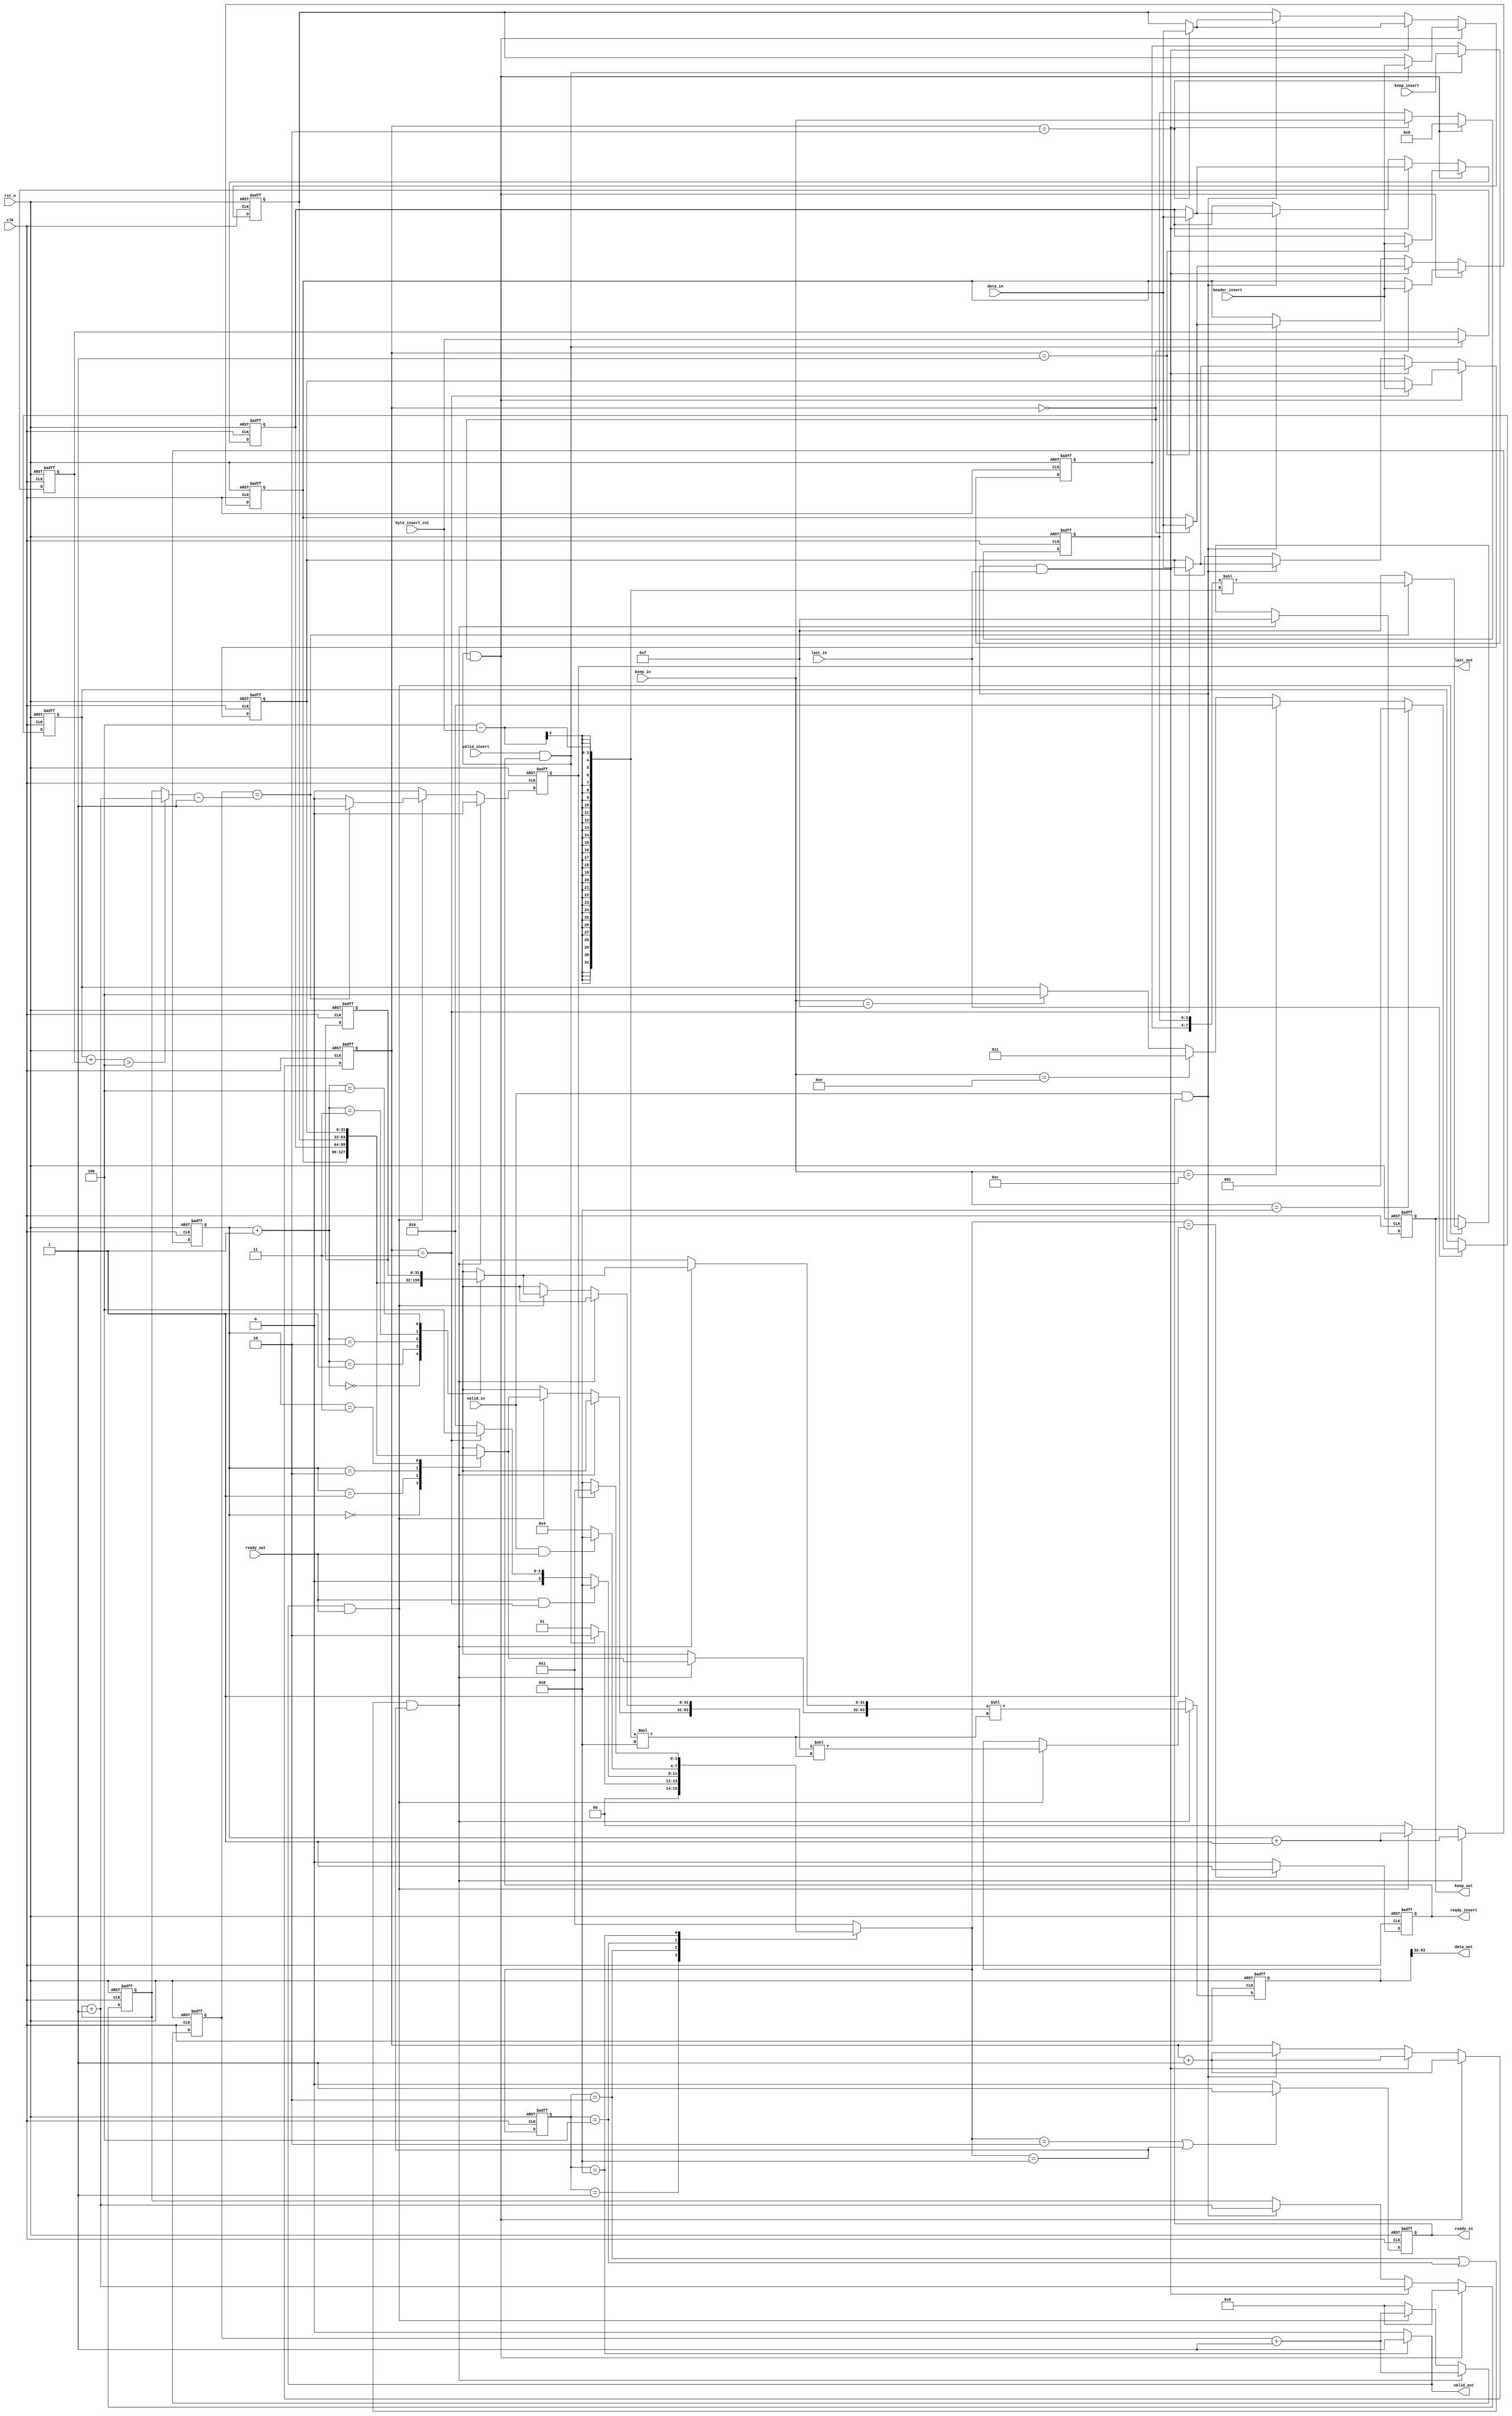
`timescale 1ns / 1ps
////////////////////////////////////////////////////////////////////////////////////
//// Company: 
//// Engineer: 
//// 
//// Design Name: 
//// Module Name: axi_stream_insert_header
//// Project Name: 
//// Target Devices: 
//// Tool Versions: 
//// Description: 
//// 
//// Dependencies: 
//// 
//// Revision:
//// Revision 0.01 - File Created
//// Additional Comments:
//// 
////////////////////////////////////////////////////////////////////////////////////

module axi_stream_insert_header #(
    parameter DATA_WD = 32,
    parameter DATA_BYTE_WD = DATA_WD / 8,
    parameter BYTE_CNT_WD = $clog2(DATA_BYTE_WD)
) (
    input clk,
    input rst_n,
    // AXI Stream input original data
    input valid_in,
    input [DATA_WD-1 : 0] data_in,
    input [DATA_BYTE_WD-1 : 0] keep_in,
    input last_in,
    output ready_in,
    // AXI Stream output with header inserted
    output valid_out,
    output [DATA_WD-1 : 0] data_out,
    output [DATA_BYTE_WD-1 : 0] keep_out,
    output last_out,
    input ready_out,
    // The header to be inserted to AXI Stream input
    input valid_insert,
    input [DATA_WD-1 : 0] header_insert,
    input [DATA_BYTE_WD-1 : 0] keep_insert,
    input [BYTE_CNT_WD : 0] byte_insert_cnt,
    output ready_insert
);

parameter IDLE = 4'b0001;
parameter HAEDER_INSERT = 4'b0010;
parameter WAIT_READYOUT = 4'b0100;
parameter AXIS_OUT = 4'b1000;

reg [3:0] state;
reg [3:0] next_state;
reg [1:0] in_index;//mem
reg [DATA_WD-1:0] mem [0:4];//axis

assign valid_out = (state == AXIS_OUT)?1'b1:1'b0;
    
reg ready_in_reg;
reg ready_insert_reg;
    
//always @(posedge clk or negedge rst_n) begin
//    if((!rst_n)||(valid_in && ready_in_reg && last_in))
//        ready_insert_reg <= 'd1;
//    else if(valid_insert && ready_insert_reg)
//        ready_insert_reg<='d0;
//end

always @(posedge clk or negedge rst_n) begin
    if(!rst_n)
        ready_insert_reg<='d0;
    else begin
        if(next_state == IDLE)
            ready_insert_reg <= 'd1;
        else 
            ready_insert_reg<='d0;
    end
end  

    
always @(posedge clk or negedge rst_n) begin
if(!rst_n)
    ready_in_reg <= 'd0;
else if(next_state == HAEDER_INSERT || next_state==AXIS_OUT)
    ready_in_reg<='d1;
else
    ready_in_reg<='d0;
end

always @(posedge clk or negedge rst_n) begin
if(!rst_n)begin
    state <= IDLE;
end 
else begin
    state <= next_state;
end
end

always @(*) begin
    next_state = IDLE;
    case (state)
        IDLE:begin
            if(valid_insert && ready_insert_reg)//headerheader
                next_state = HAEDER_INSERT;
            else 
                next_state = IDLE;     
        end

        HAEDER_INSERT:begin
            if(ready_out && in_index == 2'd3)
                next_state = AXIS_OUT;
            else if(in_index == 2'd3)
                next_state = WAIT_READYOUT;
            else
                next_state = HAEDER_INSERT;     
        end

        WAIT_READYOUT:begin
            if(valid_in && ready_out)//ready
                next_state = AXIS_OUT;
            else 
                next_state = WAIT_READYOUT;     
        end

        AXIS_OUT:begin
            if(last_out)//
                next_state = IDLE;
            else 
                next_state = AXIS_OUT;     
        end
        
        default: next_state = IDLE;
    endcase    
end

//byte_insert_cntkeep_insert
reg [BYTE_CNT_WD : 0] byte_insert_cnt_reg;
reg [DATA_BYTE_WD-1 : 0] keep_insert_reg;
always @(posedge clk or negedge rst_n) begin
    if(!rst_n)
    begin
        byte_insert_cnt_reg <= 'b0;
        keep_insert_reg <= 'b0;
    end 
    else if(valid_insert && ready_insert_reg) 
    begin
        byte_insert_cnt_reg <= byte_insert_cnt;
        keep_insert_reg <= keep_insert;
    end 
    else 
    begin
        byte_insert_cnt_reg <= byte_insert_cnt_reg;
        keep_insert_reg <= keep_insert_reg;
    end
end

reg [DATA_BYTE_WD-1 : 0] keepin_last;
reg[4:0] axis_in_valid_cnt;//axis

integer k;
always @(posedge clk or negedge rst_n) begin
    if(!rst_n)
    begin
        in_index <= 2'd0;
        axis_in_valid_cnt <= 5'b0;
        keepin_last <= 'b0; 
        for(k=0;k<=4;k=k+1) 
           mem[k] <= 32'b0;        
    end 
    else if(valid_insert && ready_insert_reg && in_index=='d0) 
    begin//header
        in_index <= in_index + 1'b1;
        mem[in_index] <= header_insert;
        axis_in_valid_cnt <= 5'b0;//axis_in_valid_cntdataheader
        keepin_last <= 'b0;
    end 
    else if (valid_in && ready_in_reg && last_in) 
    begin//keep
        in_index <= in_index + 1'b1;
        mem[in_index] <= data_in;
        axis_in_valid_cnt <= axis_in_valid_cnt + 1'b1;
        keepin_last <= keep_in;
    end 
    else if (valid_in && ready_in_reg) 
    begin//
        in_index <= in_index + 1'b1;
        mem[in_index] <= data_in;
        axis_in_valid_cnt <= axis_in_valid_cnt + 1'b1;
        keepin_last <= keepin_last;    
    end 
    else 
    begin
        in_index <= in_index;
        axis_in_valid_cnt <= axis_in_valid_cnt;
        keepin_last <= keepin_last;
    end
end

//
reg [BYTE_CNT_WD:0] keepin_last_count;
always@(posedge clk or negedge rst_n)
begin
    if(~rst_n)
    begin
        keepin_last_count<='d0;
    end
    else
    begin
        if(last_in)
        begin
            if(keep_in==4'b1000)
            keepin_last_count<='d1;
            else if(keep_in==4'b1100)
            keepin_last_count<='d2;
            else if(keep_in==4'b1110)
            keepin_last_count<='d3;
            else if(keep_in==4'b1111)
            keepin_last_count<='d4;
        end
    end
end

//+>4axisaxis
//axis=axis+1
wire [4:0] axis_out_valid_num ;
assign axis_out_valid_num = (keepin_last_count+byte_insert_cnt_reg>DATA_BYTE_WD)?axis_in_valid_cnt+1'b1:axis_in_valid_cnt;

reg [2*DATA_WD-1 : 0] data_out_reg;
reg [DATA_BYTE_WD-1 : 0] keep_out_reg;
reg last_out_reg;
reg [4:0]axis_out_cnt;

reg [1:0] out_index;
always @(posedge clk or negedge rst_n) begin
    if(!rst_n)begin
        data_out_reg <= 'b0;
        keep_out_reg <= 'b0;
        last_out_reg <= 1'b0;
        out_index <= 'b0;
        axis_out_cnt <= 'b0;
    end else if((state==HAEDER_INSERT || state==WAIT_READYOUT) && next_state == AXIS_OUT) begin//header
        data_out_reg <= {mem[out_index],mem[out_index+1]} << (DATA_BYTE_WD - byte_insert_cnt)*8;
        keep_out_reg <= {DATA_BYTE_WD{1'b1}};
        last_out_reg <= 1'b0;
        out_index <= out_index + 1'b1;
        axis_out_cnt <= axis_out_cnt+1'b1;
    end else if (valid_out && ready_out) begin
        data_out_reg <= {mem[out_index],mem[out_index+1]} << (DATA_BYTE_WD - byte_insert_cnt)*8;//lastkeep
        out_index <= out_index + 1'b1;
        axis_out_cnt <= axis_out_cnt+1'b1;
        if (axis_out_cnt == axis_out_valid_num-1'b1) begin//
        last_out_reg <= 1'b1;
        keep_out_reg <= {keep_insert_reg,keepin_last} << (DATA_BYTE_WD - byte_insert_cnt);            
        end else begin                                                                                                                                           
        last_out_reg <= 1'b0;
        keep_out_reg <= {DATA_BYTE_WD{1'b1}};               
        end
    end else begin
        data_out_reg <= data_out_reg;
        keep_out_reg <= keep_out_reg;
        last_out_reg <= 1'b0;
        out_index <= 'b0;
        axis_out_cnt <= 'b0;
    end
end

assign data_out = data_out_reg[2*DATA_WD-1:DATA_WD];
assign keep_out = keep_out_reg;
assign last_out = last_out_reg;
assign ready_in = ready_in_reg;
assign ready_insert = ready_insert_reg;

endmodule